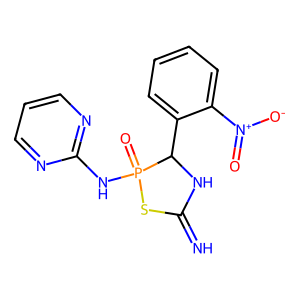
SMILES: N=C1NC(c2ccccc2[N+](=O)[O-])P(=O)(Nc2ncccn2)S1
Inhibits HIV replication: No